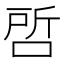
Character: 𭈝